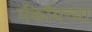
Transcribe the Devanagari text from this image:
मॅकॉयच्या